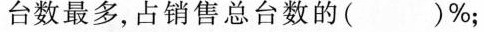
台数最多，占销售总台数的( )%；